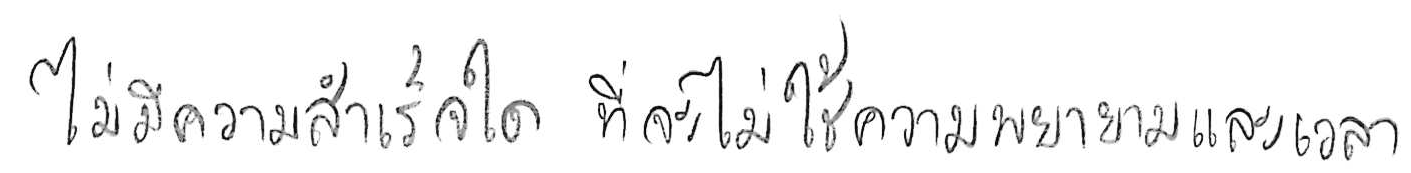
ไม่มีความสำเร็จใด ที่จะไม่ใช้ความพยายามและเวลา